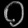
Digit: ၀